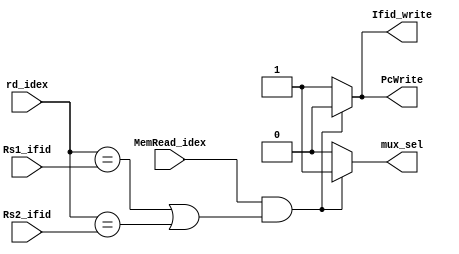
module hazard_unit (
input MemRead_idex, 
input [4:0] rd_idex,
input [4:0] Rs1_ifid,
input [4:0] Rs2_ifid,
output reg PcWrite,
output reg Ifid_write,
output reg mux_sel 
);
always@(*)
begin


if (MemRead_idex && ((rd_idex==Rs1_ifid) || (rd_idex==Rs2_ifid)))
    begin
    PcWrite=1'b0;
    Ifid_write=1'b0;
    mux_sel=1'b1;
    end
else
begin
    PcWrite=1'b1;
    Ifid_write=1'b1;
    mux_sel=1'b0;

end
end
endmodule